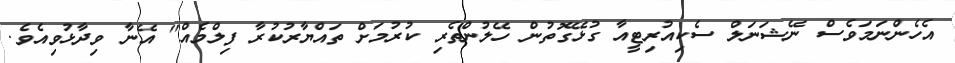
އެހެންނަމަވެސް ނޭޝަނަލް ސެކިއުރިޓީއާ ގުޅޭގޮތުން ހޭލުންތެރި ކުރުމަށް ތައްޔާރުކުރާ ފިލްމެއް" އޭނާ ވިދާޅުވިއެވެ.